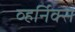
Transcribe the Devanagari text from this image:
व्हर्निक्स